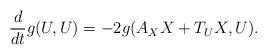
LaTeX: \begin{align*}\frac{d}{dt} g(U, U) = -2g(A_X X + T_U X, U).\end{align*}